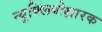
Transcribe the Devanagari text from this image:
न्यूक्लियोक्षारक